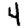
Digit: 4